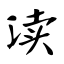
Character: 渎